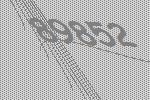
89852